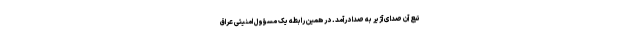
تبع آن صدای آژیر به صدا درآمد. در همین رابطه یک مسؤول امنیتی عراق